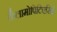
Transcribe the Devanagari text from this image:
कैलामोपिटिएसिई